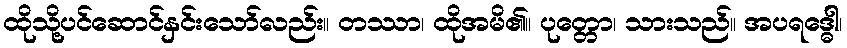
ထိုသို့ပင်ဆောင်နှင်းသော်လည်း။ တဿာ၊ ထိုအမိ၏။ ပုတ္တော၊ သားသည်။ အပရဒ္ဓေါ၊